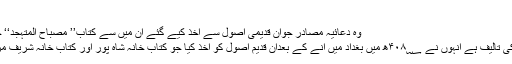
(۲۶)
وہ دعائیہ مصادر جوان قدیمی اصول سے اخذ کیے گئے ان میں سے کتاب’’ مصباح المتہجد‘‘ جو شیخ الطائفہ ابو جعفر ؒ
وفات ۳۶۰؁ھ ہجری کی تالیف ہے انہوں نے ۴۰۸؁ھ میں بغداد میں آنے کے بعدان قدیم اصول کو اخذ کیا جو کتاب خانہ شاہ پور اور کتاب خانہ شریف مرتضیٰ میں موجود تھیں ۔